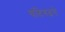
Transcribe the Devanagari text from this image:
चंदिगढचे